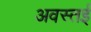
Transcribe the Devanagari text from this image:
अवस्तई